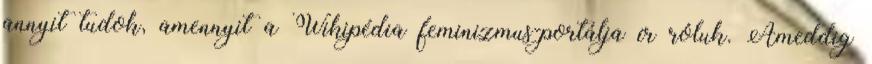
annyit tudok, amennyit a Wikipédia feminizmus-portálja ír róluk. Ameddig